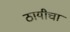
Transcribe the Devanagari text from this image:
ठायीचा